Lunatic asylums in Bengal annual reports 1899-1911 - 1899-1911
Year: 1899
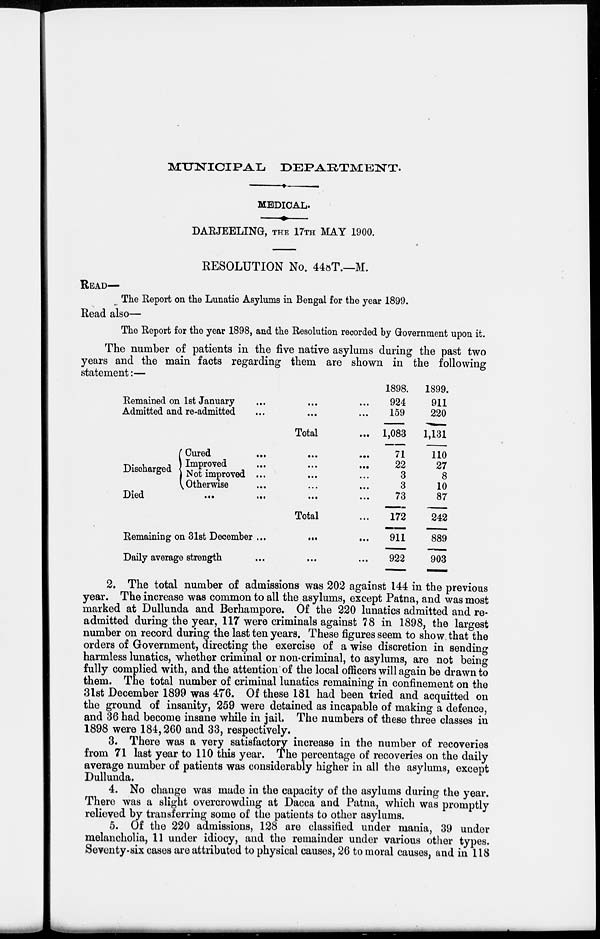
MUNICIPAL
DEPARTMENT.
MEDICAL.
DARJEELING, THE 17TH MAY 1900.
RESOLUTION No. 448T.—M.
READ—
The Report on the Lunatic Asylums in Bengal for the year 1899.
Read also—
The Report for the year 1898, and the Resolution recorded by Government upon it.
The number of patients in the five native asylums during the past two
years and the main facts regarding them are shown in the following
statement:—
Remained on 1st January ... ... ...
Admitted and re-admitted ... ... ...
Total ...
Discharged
Cured ... ... ...
Improved ... ... ...
Not improved ... ... ...
Otherwise ... ... ...
Died ... ... ... ...
Total ...
Remaining on 31st December ...
...
...
Daily average strength ... ... ...
1898.
924
159
1,083
71
22
3
3
73
172
911
922
1899.
911
220
1,131
110
27
8
10
87
242
889
903
2. The total number of admissions was 202 against 144 in the previous
year. The increase was common to all the asylums, except Patna, and was most
marked at Dullunda and Berhampore. Of the 220 lunatics admitted and re-
admitted during the year, 117 were criminals against 78 in 1898, the largest
number on record during the last ten years. These figures seem to show that the
orders of Government, directing the exercise of a wise discretion in sending
harmless lunatics, whether criminal or non-criminal, to asylums, are not being
fully complied with, and the attention of the local officers will again be drawn to
them. The total number of criminal lunatics remaining in confinement on the
31st December 1899 was 476. Of these 181 had been tried and acquitted on
the ground of insanity, 259 were detained as incapable of making a defence,
and 36 had become insane while in jail. The numbers of these three classes in
1898 were 184,260 and 33, respectively.
3. There was a very satisfactory increase in the number of recoveries
from 71 last year to 110 this year. The percentage of recoveries on the daily
average number of patients was considerably higher in all the asylums, except
Dullunda.
4. No change was made in the capacity of the asylums during the year.
There was a slight overcrowding at Dacca and Patna, which was promptly
relieved by transferring some of the patients to other asylums.
5. Of the 220 admissions, 128 are classified under mania, 39 under
melancholia, 11 under idiocy, and the remainder under various other types.
Seventy-six cases are attributed to physical causes, 26 to moral causes, and in 118